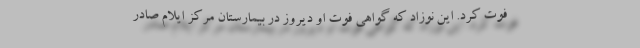
فوت کرد. این نوزاد که گواهی فوت او دیروز در بیمارستان مرکز ایلام صادر